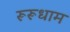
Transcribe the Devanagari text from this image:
रूरूधाम